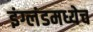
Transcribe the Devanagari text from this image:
इंग्लंडमध्येच